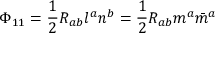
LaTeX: \Phi _ { 1 1 } = { \frac { 1 } { 2 } } R _ { a b } l ^ { a } n ^ { b } = { \frac { 1 } { 2 } } R _ { a b } m ^ { a } { \bar { m } } ^ { a }